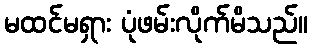
မထင်မရှား ပုံဖမ်းလိုက်မိသည်။